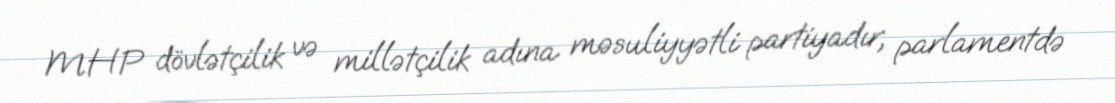
MHP dövlətçilik və millətçilik adına məsuliyyətli partiyadır, parlamentdə